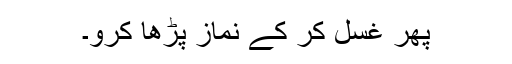
پھر غسل کر کے نماز پڑھا کرو۔